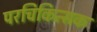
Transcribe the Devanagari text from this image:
परचिकित्सक